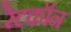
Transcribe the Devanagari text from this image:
रेटकॉन